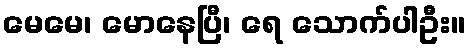
မေမေ၊ မောနေပြီ၊ ရေ သောက်ပါဦး။